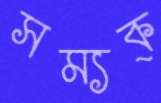
সম্যক্‌